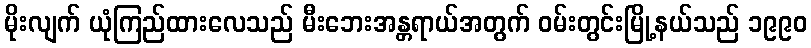
မိုးလျက် ယုံကြည်ထားလေသည် မီးဘေးအန္တရာယ်အတွက် ဝမ်းတွင်းမြို့နယ်သည် ၁၉၉၀